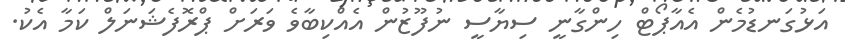
އަޅުގަނޑުމެން އެއާޕޯޓް ހިންގާނީ ސިޔާސީ ނުފޫޒުން އެއްކިބާވެ ވަރަށް ޕްރޮފެޝަނަލް ކަމާ އެކު.